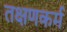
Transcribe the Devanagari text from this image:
तक्षणकर्म